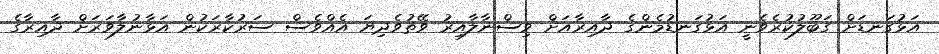
އަޅުގަނޑަށް ގަބޫލުކުރެވެނީ އަޅުގަނޑުމެންގެ ދާއިރާއަށް ވިސްނާލާއިރު ވޭތުވެދިޔަ އެއްވެސް ސަރުކާރަކުން އަޅާނުލާވަރަށް ދާއިރާގެ